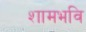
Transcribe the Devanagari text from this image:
शामभवि